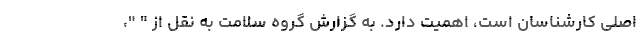
اصلی کارشناسان است، اهمیت دارد. به گزارش گروه سلامت به نقل از " "،